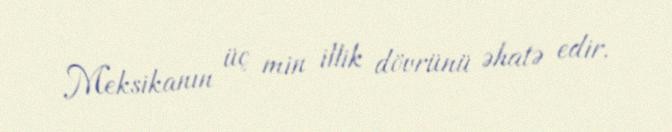
Meksikanın üç min illik dövrünü əhatə edir.